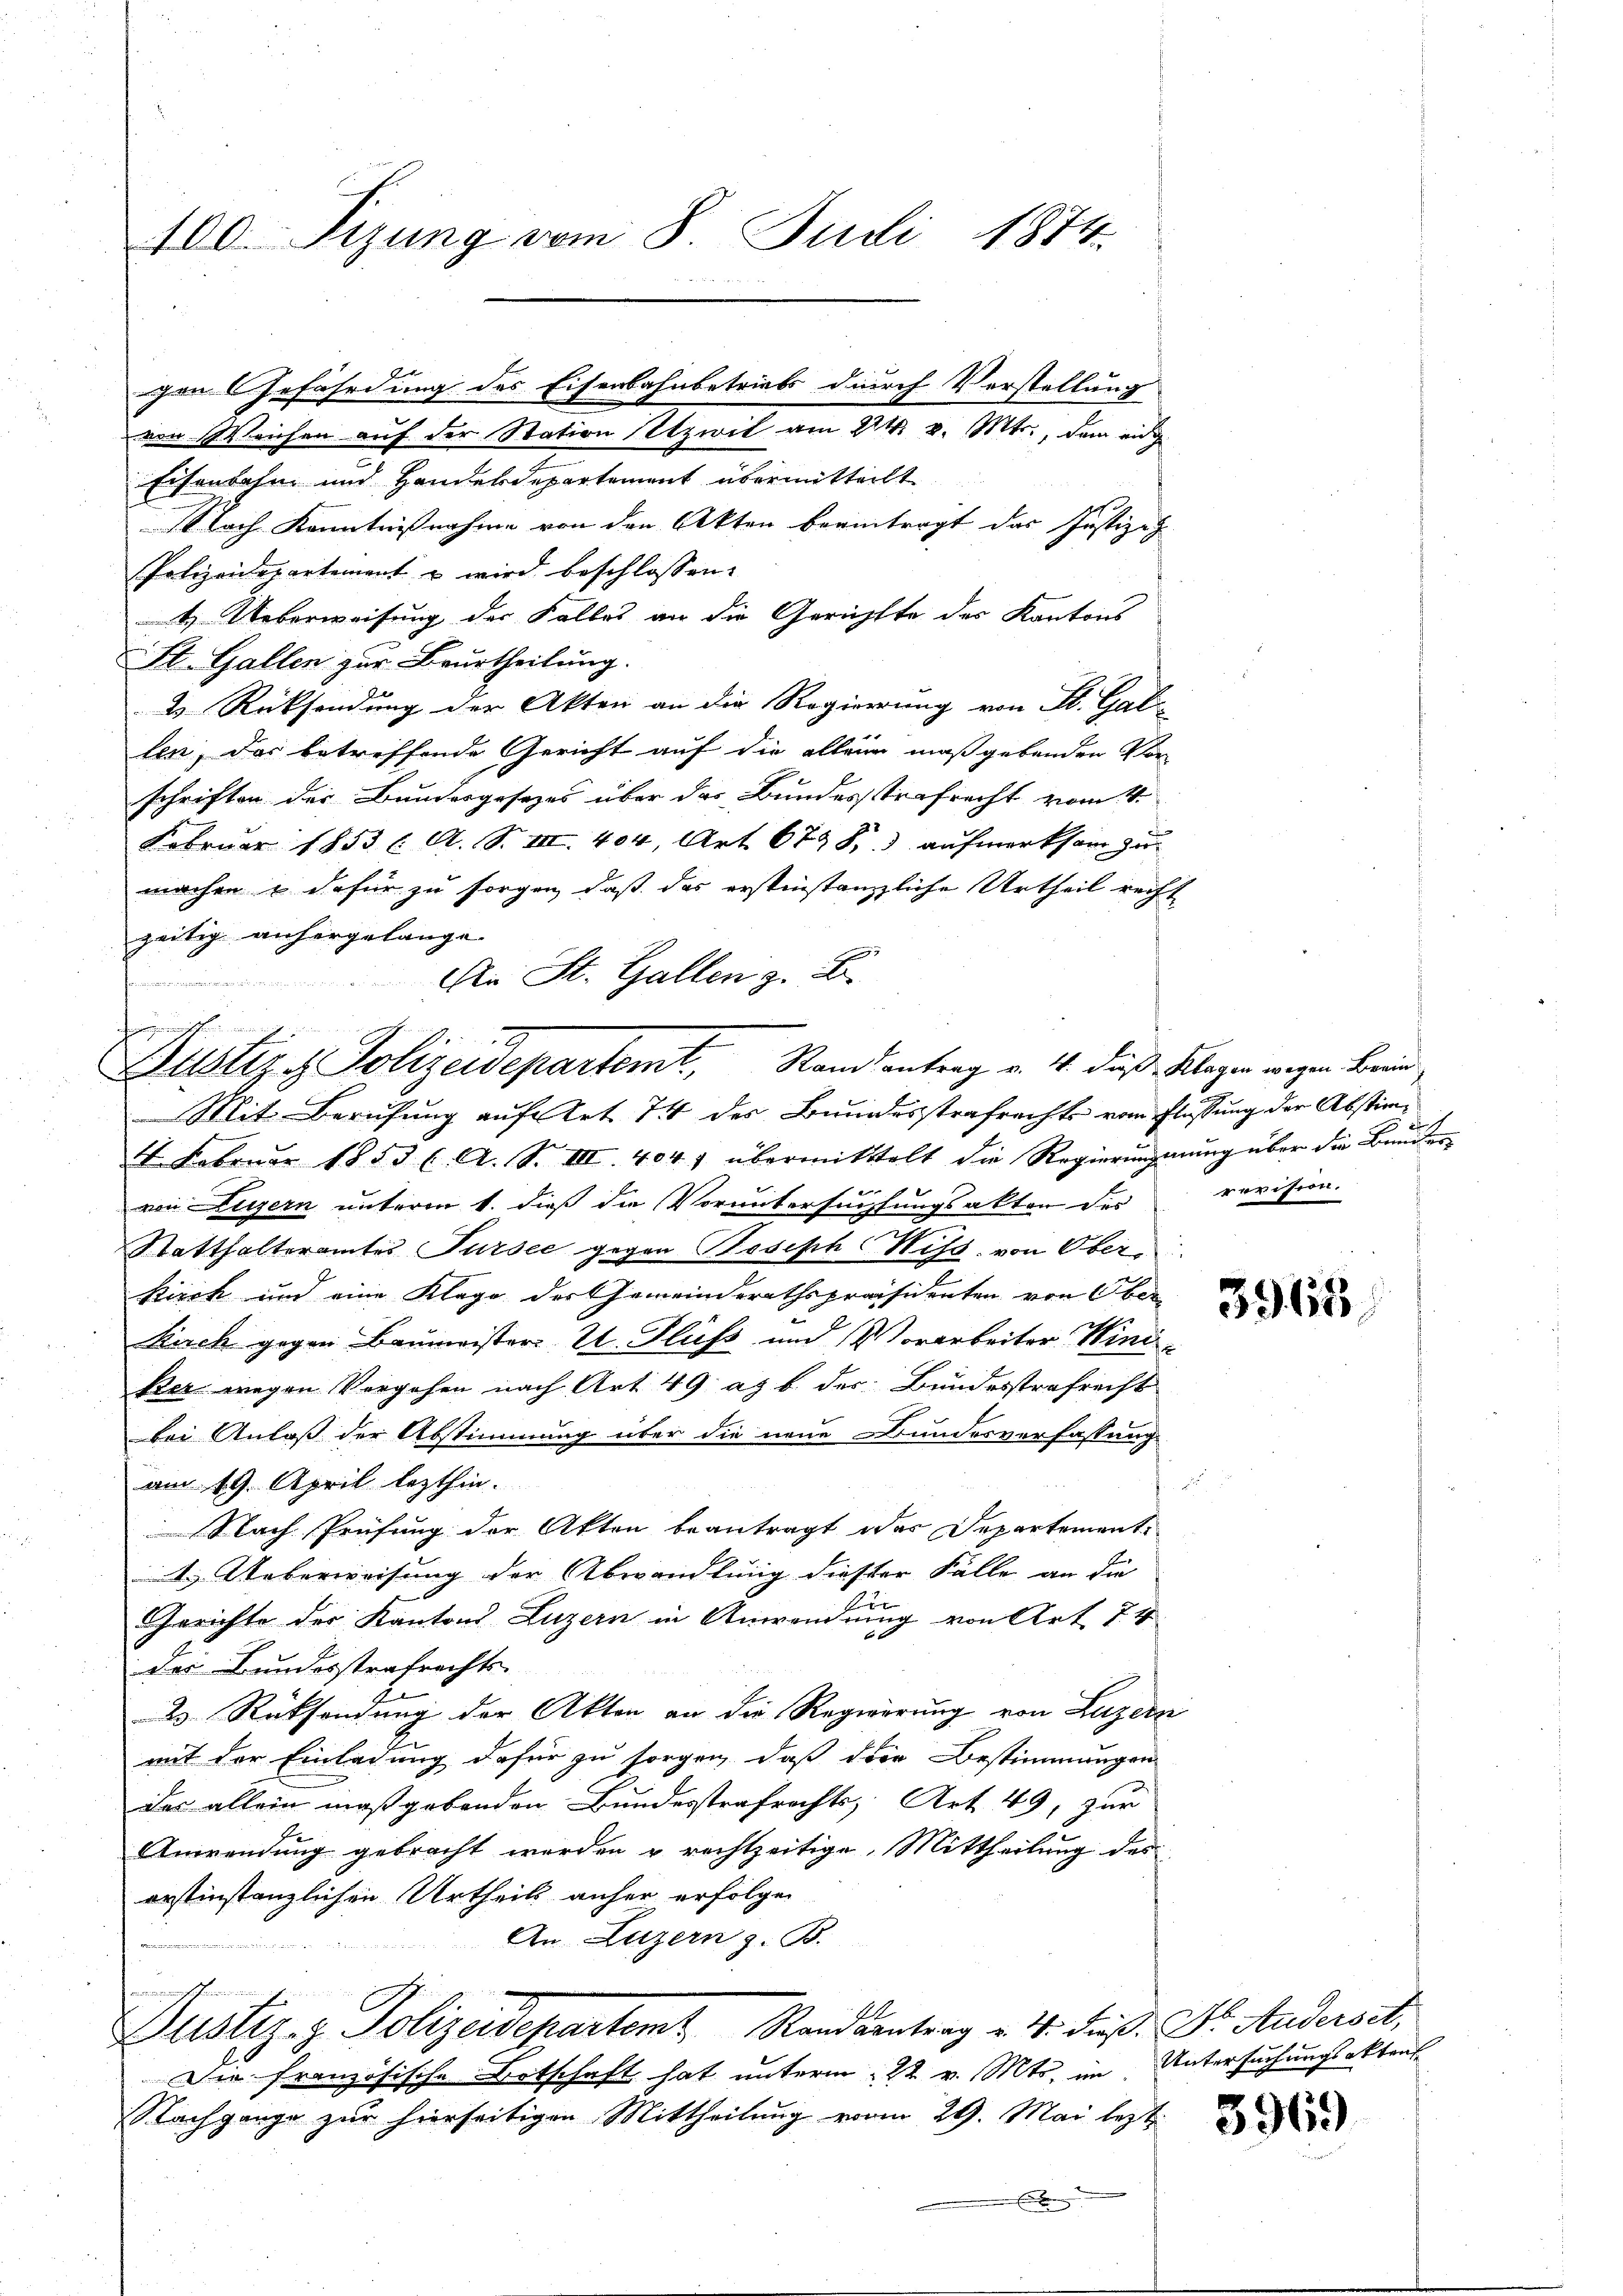
100. Sizung vom 8. Juli 1874.

gen Gefährdung des Eisenbahnbetriebs durch Vorstellung

An St. Gallen z. B.
e
.
Büster d. Polizeidepartemt, Stand antrag v. 4. daß Klagen wegen Brand¬

von Weichen auf der Station etzwil am 224. v. Mts., dem eig
Eisenbahn und Handesdepartement übermitteilt
1 lach Kenntnisnahme von den Akten beeintragt das Justiz-
Polizeidepartement, u wird beschlossen:
t Ueberweisung der Falles an die Gerichtte des Kantons
St. Gallen zur Beurtheilung.
& Rücksendung der Akten an die Regierung von St. Gal
len, das betreffende Gericht auf die allein maßgebenden Vorschriften der Bundesgesetzes über das Bundesstrafrecht vom 4.
Februar 1853 l. A. S. III. 404, Art. 673 f.) aufmerksam zur
machen u dafür zu sorgen, daß das erstinstanzliche Urtheil recht
zeitig anhergelange
Mit Berufung auf Art. 74 des Bundesstrafrechts vom Flüssung der Abstim¬
4. Februar 1853 C. A. S. III. 404. übermittelt die Regierŭngsŭng über die Brude
f
von Luzern unteren 1. dieß die Voruntersuchtungsakten des revision.
Statthalteramtes Sursee gegen Bosisch-Hiss. von Ober
Kirch und eine Klage der Gemeindesrathspräsidenten von Ober
Kirch gegen Baumeister- u. Fluss und Vorarbeiter Wini
ker wegen Vergehen nach Art. 49 aj b. der Bundesstrafrecht
bei Anlaß der Abstimmung über die neue Bundesverfassung
2
am 19. April lezthin.
Nach Prüfung der Akten beantragt das Departement.
. Ueberweisung der Abwandlung diester Fälle an die
Gerichte der Kantons Luzern in Anwendung von Art. 74
der Bundesstrafrechts-
2 Rücksendung der Akten an die Regierung von Luzern
mit der Einladung dafür zu sorgen, daß der Bestimmungen
das allein maßgebenden Bundesstrafrechts. Art. 49, zur
Anwendung gebracht werden u rechtzeitige Mittheilung des
erstinstanzlichen Urtheils anher erfolgen
An Luzern z. B.

bindung einen
Justiz- & Polizeidepartemt, Randsantrag v. 4. dieß: Dr. Anderset
Die französische Botschaft hat unterm 22. v. Mts. im Untersuchungsaktens
Nachgange zur hierseitigen Mittheilung vom 29. Mai lezt

3965

3969